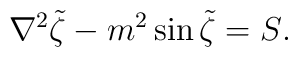
{\nabla^2\tilde\zeta-m^2\sin\tilde\zeta=S} .